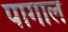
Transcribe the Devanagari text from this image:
पागाल